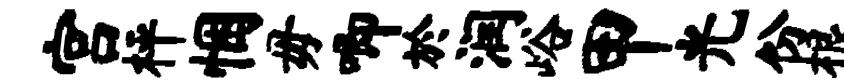
宫枰悃毋唧於润峪甲光份根